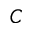
C